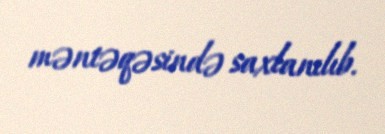
məntəqəsində saxlanılıb.